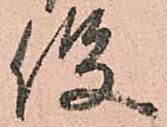
役